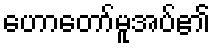
ဟောတော်မူအပ်၏